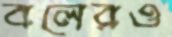
বলেরও